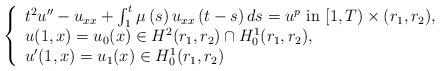
LaTeX: \begin{align*} \left\{\begin{array}{ll}t^2u''- u_{xx} +\int_{1}^{t}\mu\left(s\right) u_{xx}\left(t-s\right) ds =u^p\hbox{ in }[1,T) \times(r_1,r_2),\\u(1,x) =u_0(x) \in H^2(r_1,r_2) \cap H_0^{1}(r_1,r_2),\\u'(1,x) =u_1(x) \in H_0^{1}(r_1,r_2) \end{array}\right.\end{align*}